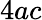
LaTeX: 4ac